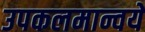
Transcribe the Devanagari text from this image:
उपकलमान्वये